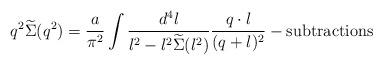
LaTeX: \begin{align*}q^2\widetilde\Sigma(q^2)={a\over\pi^2}\int{d^4l\over l^2-l^2\widetilde\Sigma(l^2)}{q\cdot l\over(q+l)^2}-\mbox{subtractions}\end{align*}